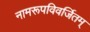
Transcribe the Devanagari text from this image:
नामरूपविवर्जितम्